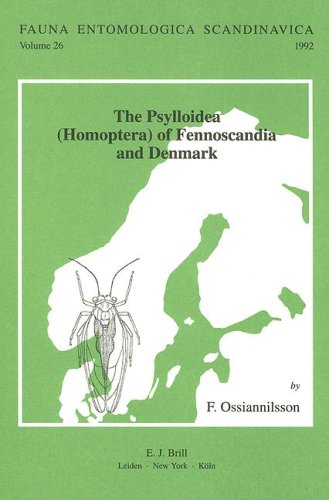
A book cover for The Psylloidea of Fennoscandia and Denmark; F. Ossiannilsson; Health, Fitness & Dieting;